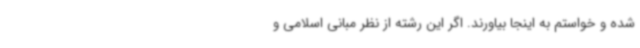
شده و خواستم به اینجا بیاورند. اگر این رشته‌ از نظر مبانی اسلامی و